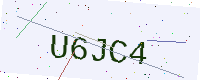
Text: U6JC4